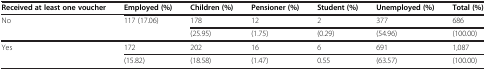
<table><thead><tr><td><b>Received at least one voucher</b></td><td><b>Employed (%)</b></td><td><b>Children (%)</b></td><td><b>Pensioner (%)</b></td><td><b>Student (%)</b></td><td><b>Unemployed (%)</b></td><td><b>Total (%)</b></td></tr></thead><tbody><tr><td rowspan="2">No</td><td rowspan="2">117 (17.06)</td><td>178</td><td>12</td><td>2</td><td>377</td><td>686</td></tr><tr><td>(25.95)</td><td>(1.75)</td><td>(0.29)</td><td>(54.96)</td><td>(100.00)</td></tr><tr><td rowspan="2">Yes</td><td>172</td><td>202</td><td>16</td><td>6</td><td>691</td><td>1,087</td></tr><tr><td>(15.82)</td><td>(18.58)</td><td>(1.47)</td><td>0.55</td><td>(63.57)</td><td>(100.00)</td></tr></tbody></table>